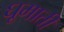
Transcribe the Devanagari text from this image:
घूमाती